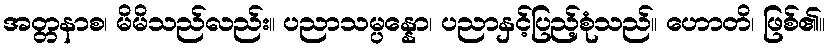
အတ္တနာစ၊ မိမိသည်လည်း။ ပညာသမ္ပန္နော၊ ပညာနှင့်ပြည့်စုံသည်။ ဟောတိ၊ ဖြစ်၏။